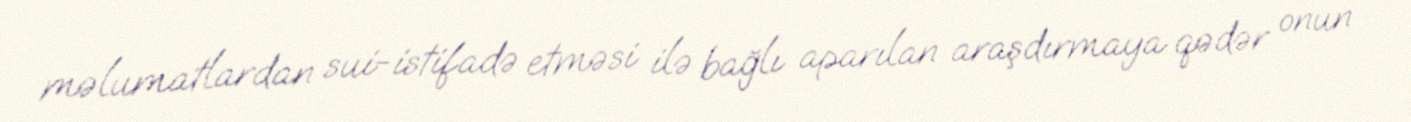
məlumatlardan sui-istifadə etməsi ilə bağlı aparılan araşdırmaya qədər onun